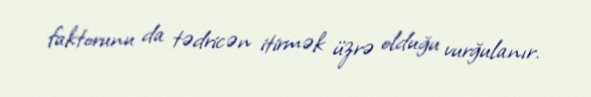
faktorunu da tədricən itirmək üzrə olduğu vurğulanır.